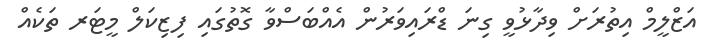
އަޒްލީމް އިތުރަށް ވިދާޅުވީ ގިނަ ޑްރައިވަރުން އެއްބަސްވާ ގޮތުގައި ފިޒިކަލް މީޓަރ ތަކެއް